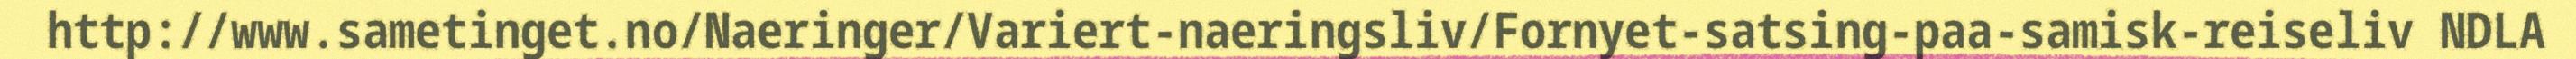
http://www.sametinget.no/Naeringer/Variert-naeringsliv/Fornyet-satsing-paa-samisk-reiseliv NDLA